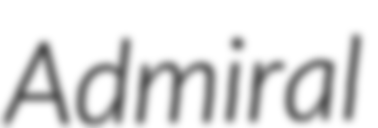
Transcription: Admiral